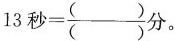
$$13秒= \frac{()}{()}分。